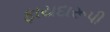
ફાયદારૂપી